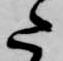
た